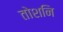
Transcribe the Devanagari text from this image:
तोशनि